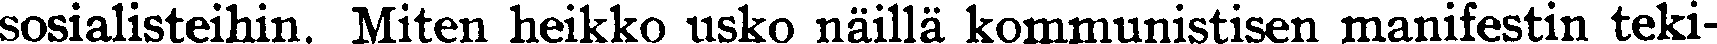
sosialisteihin. Miten heikko usko näillä kommunistisen manifestin teki-